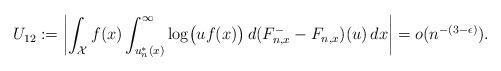
LaTeX: \begin{align*}U_{12} := \biggl|\int_{\mathcal{X}} f(x) \int_{u_n^*(x)}^\infty \log\bigl(uf(x)\bigr) \, d(F_{n,x}^- - F_{n,x})(u) \, dx\biggr| = o(n^{-(3-\epsilon)}).\end{align*}